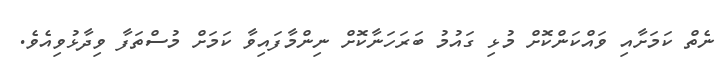
ނެތް ކަމަށާއި ވައްކަންކޮށް މުޅި ގައުމު ބަރަހަނާކޮށް ނިންމާފައިވާ ކަމަށް މުސްތަފާ ވިދާޅުވިއެވެ.